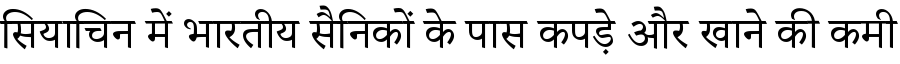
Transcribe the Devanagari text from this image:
सियाचिन में भारतीय सैनिकों के पास कपड़े और खाने की कमी